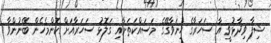
ޝިފާ ވިދާޅުވީ އާ ސަހަރާގެ ހިނަވާގޭގެ މަސައްކަތަށާއި ގަލޮޅު ސަހަރާއަށް ކޮންމެހެން ބޭނުންވާ